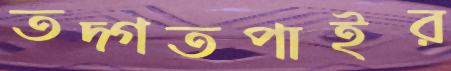
তদ্গতপাইর